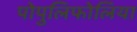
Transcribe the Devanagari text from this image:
पोपुलिफोलिया